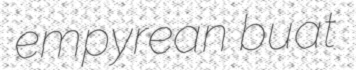
empyrean buat